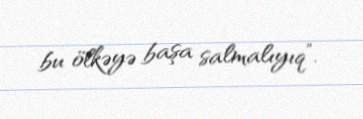
bu ölkəyə başa salmalıyıq”.